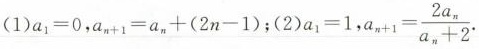
(1)$$a_{1}=0$$，$$a_{n+1}=a_{n}+(2n-1)$$；(2)$$a_{1}=1， $$a_{n+1}= \frac{2a_{n}}{a_{n}+2}$$.